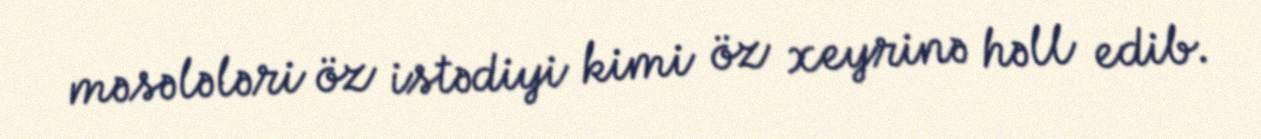
məsələləri öz istədiyi kimi öz xeyrinə həll edib.